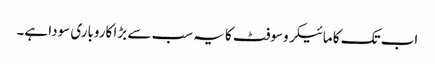
اب تک کا مائیکروسوفٹ کا یہ سب سے بڑا کاروباری سودا ہے۔